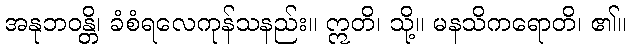
အနုဘဝန္တိ၊ ခံစံရလေကုန်သနည်း။ ဣတိ၊ သို့။ မနသိကရောတိ၊ ၏။